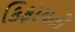
કિફાયતી